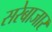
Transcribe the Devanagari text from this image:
सरेबाजार